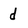
Character: d